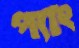
প্যাং